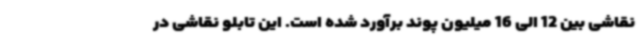
نقاشی بین 12 الی 16 میلیون پوند برآورد شده است. این تابلو نقاشی در